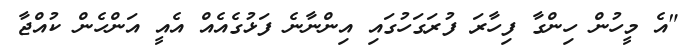
"އެ މީހުން ހިންގާ ފިހާރަ ފުރަގަހުގައި އިންނާނެ ފަޅުގެއެއް އެއީ އަންހެން ކުއްޖާ